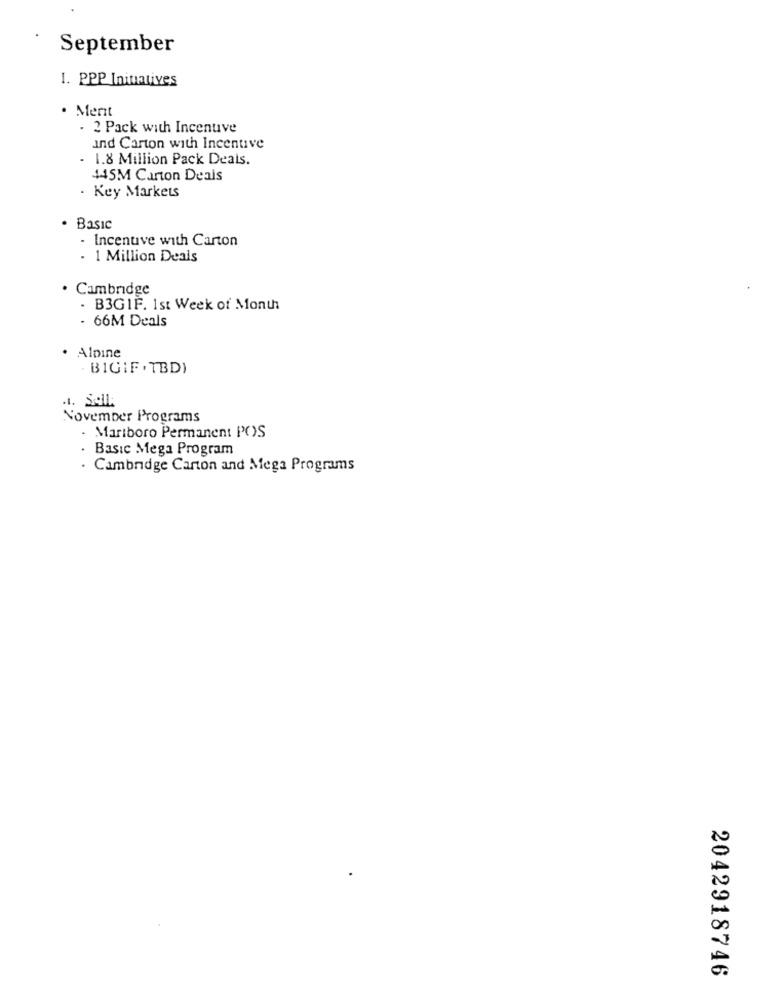
September
1. PPP Initiatives
· Merit
. 2 Pack with Incentive
and Carton with Incentive
1.8 Million Pack Deals.
445M Carton Deals
. Key Markets
Basic
- Incentive with Carton
- 1 Million Deals
Cambridge
- B3GIF. 1st Week of Month
- 66M Deals
Alpine
. BIGIF . TBD)
November Programs
- Mariboro Permanent POS
Basic Mega Program
. Cambridge Carton and Mega Programs
2042918746